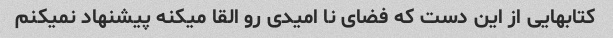
کتابهایی از این دست که فضای نا امیدی رو القا میکنه پیشنهاد نمیکنم